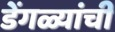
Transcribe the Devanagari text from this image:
डेंगळ्यांची